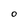
Character: O